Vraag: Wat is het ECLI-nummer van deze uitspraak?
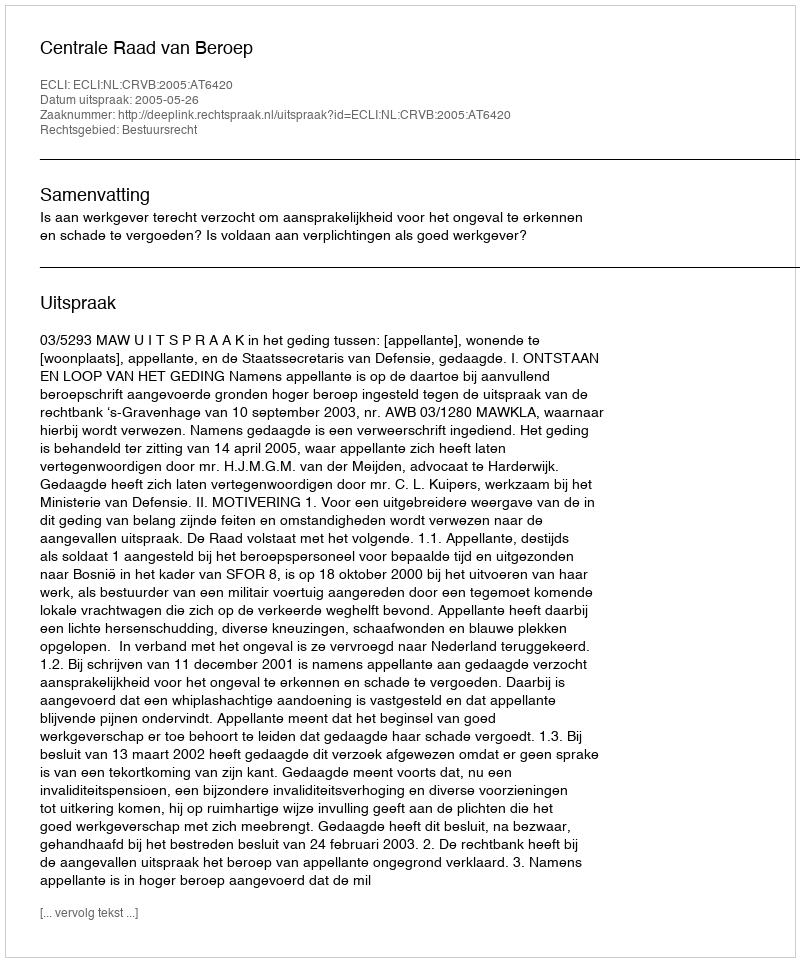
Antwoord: ECLI:NL:CRVB:2005:AT6420